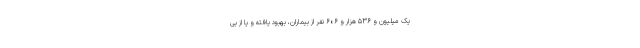
یک میلیون و ۵۳۶ هزار و ۶۰۶ نفر از بیماران، بهبود یافته و یا از بی